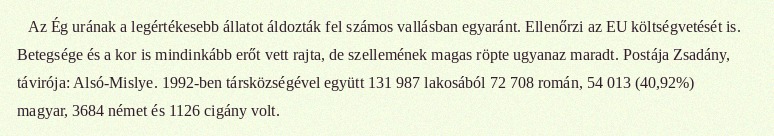
Az Ég urának a legértékesebb állatot áldozták fel számos vallásban egyaránt. Ellenőrzi az EU költségvetését is. Betegsége és a kor is mindinkább erőt vett rajta, de szellemének magas röpte ugyanaz maradt. Postája Zsadány, távirója: Alsó-Mislye. 1992-ben társközségével együtt 131 987 lakosából 72 708 román, 54 013 (40,92%) magyar, 3684 német és 1126 cigány volt.